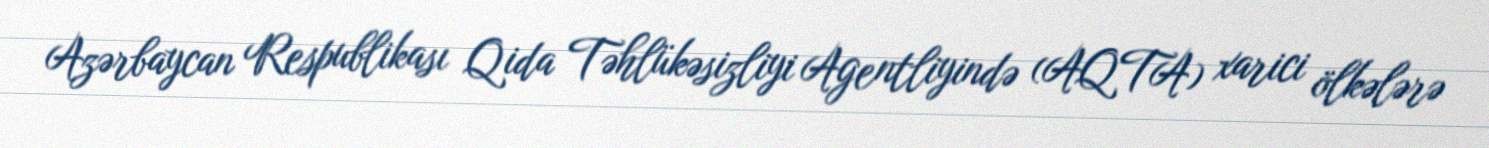
Azərbaycan Respublikası Qida Təhlükəsizliyi Agentliyində (AQTA) xarici ölkələrə